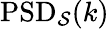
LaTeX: \mathrm{PSD}_{\mathcal{S}}(k)